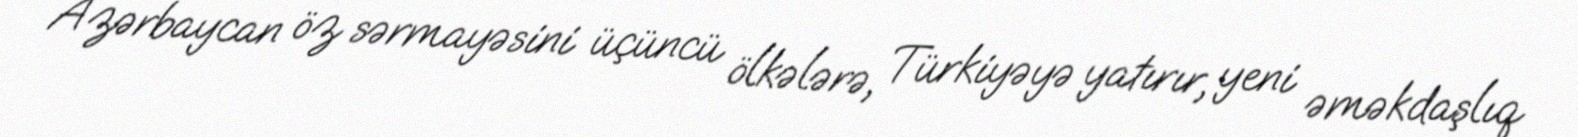
Azərbaycan öz sərmayəsini üçüncü ölkələrə, Türkiyəyə yatırır, yeni əməkdaşlıq